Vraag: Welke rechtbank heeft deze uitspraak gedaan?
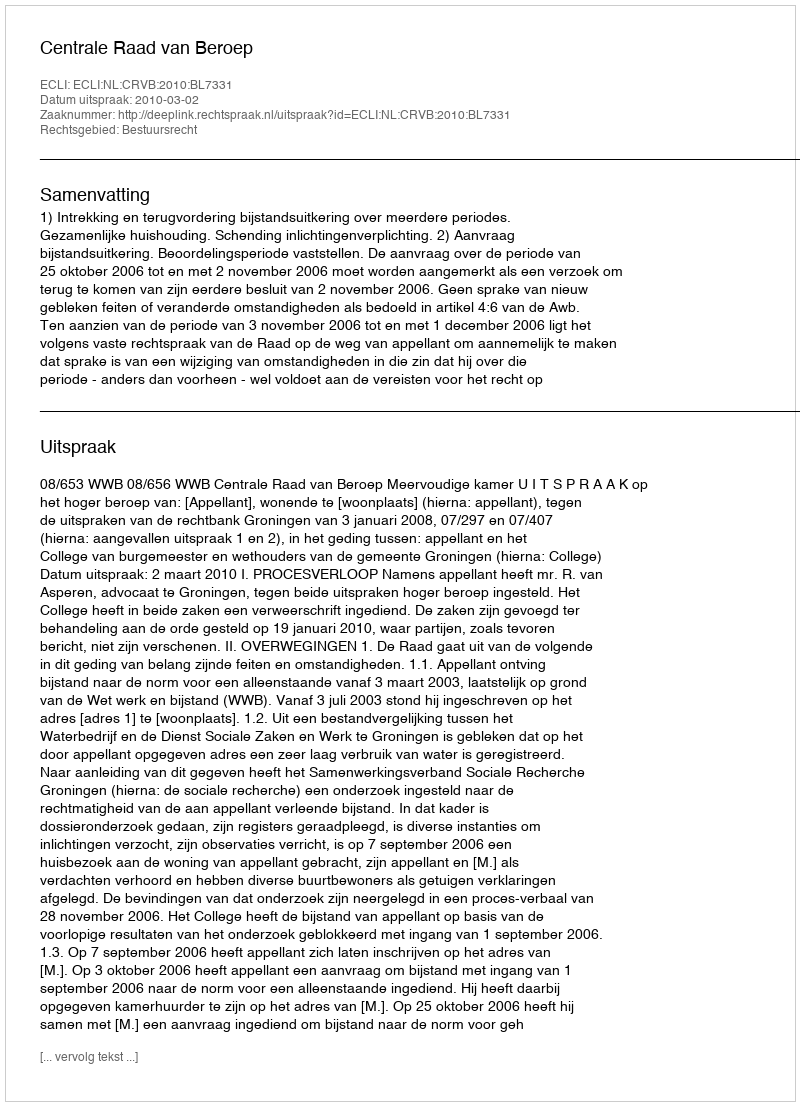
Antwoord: Centrale Raad van Beroep